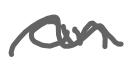
Text: an
Cross-out: wave
Writing tool: digital_gray